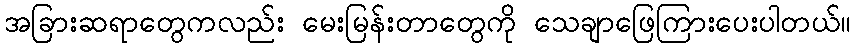
အခြားဆရာတွေကလည်း မေးမြန်းတာတွေကို သေချာဖြေကြားပေးပါတယ်။